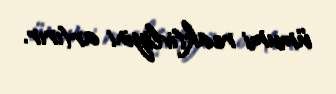
ümumi reaktivliyini artırır.